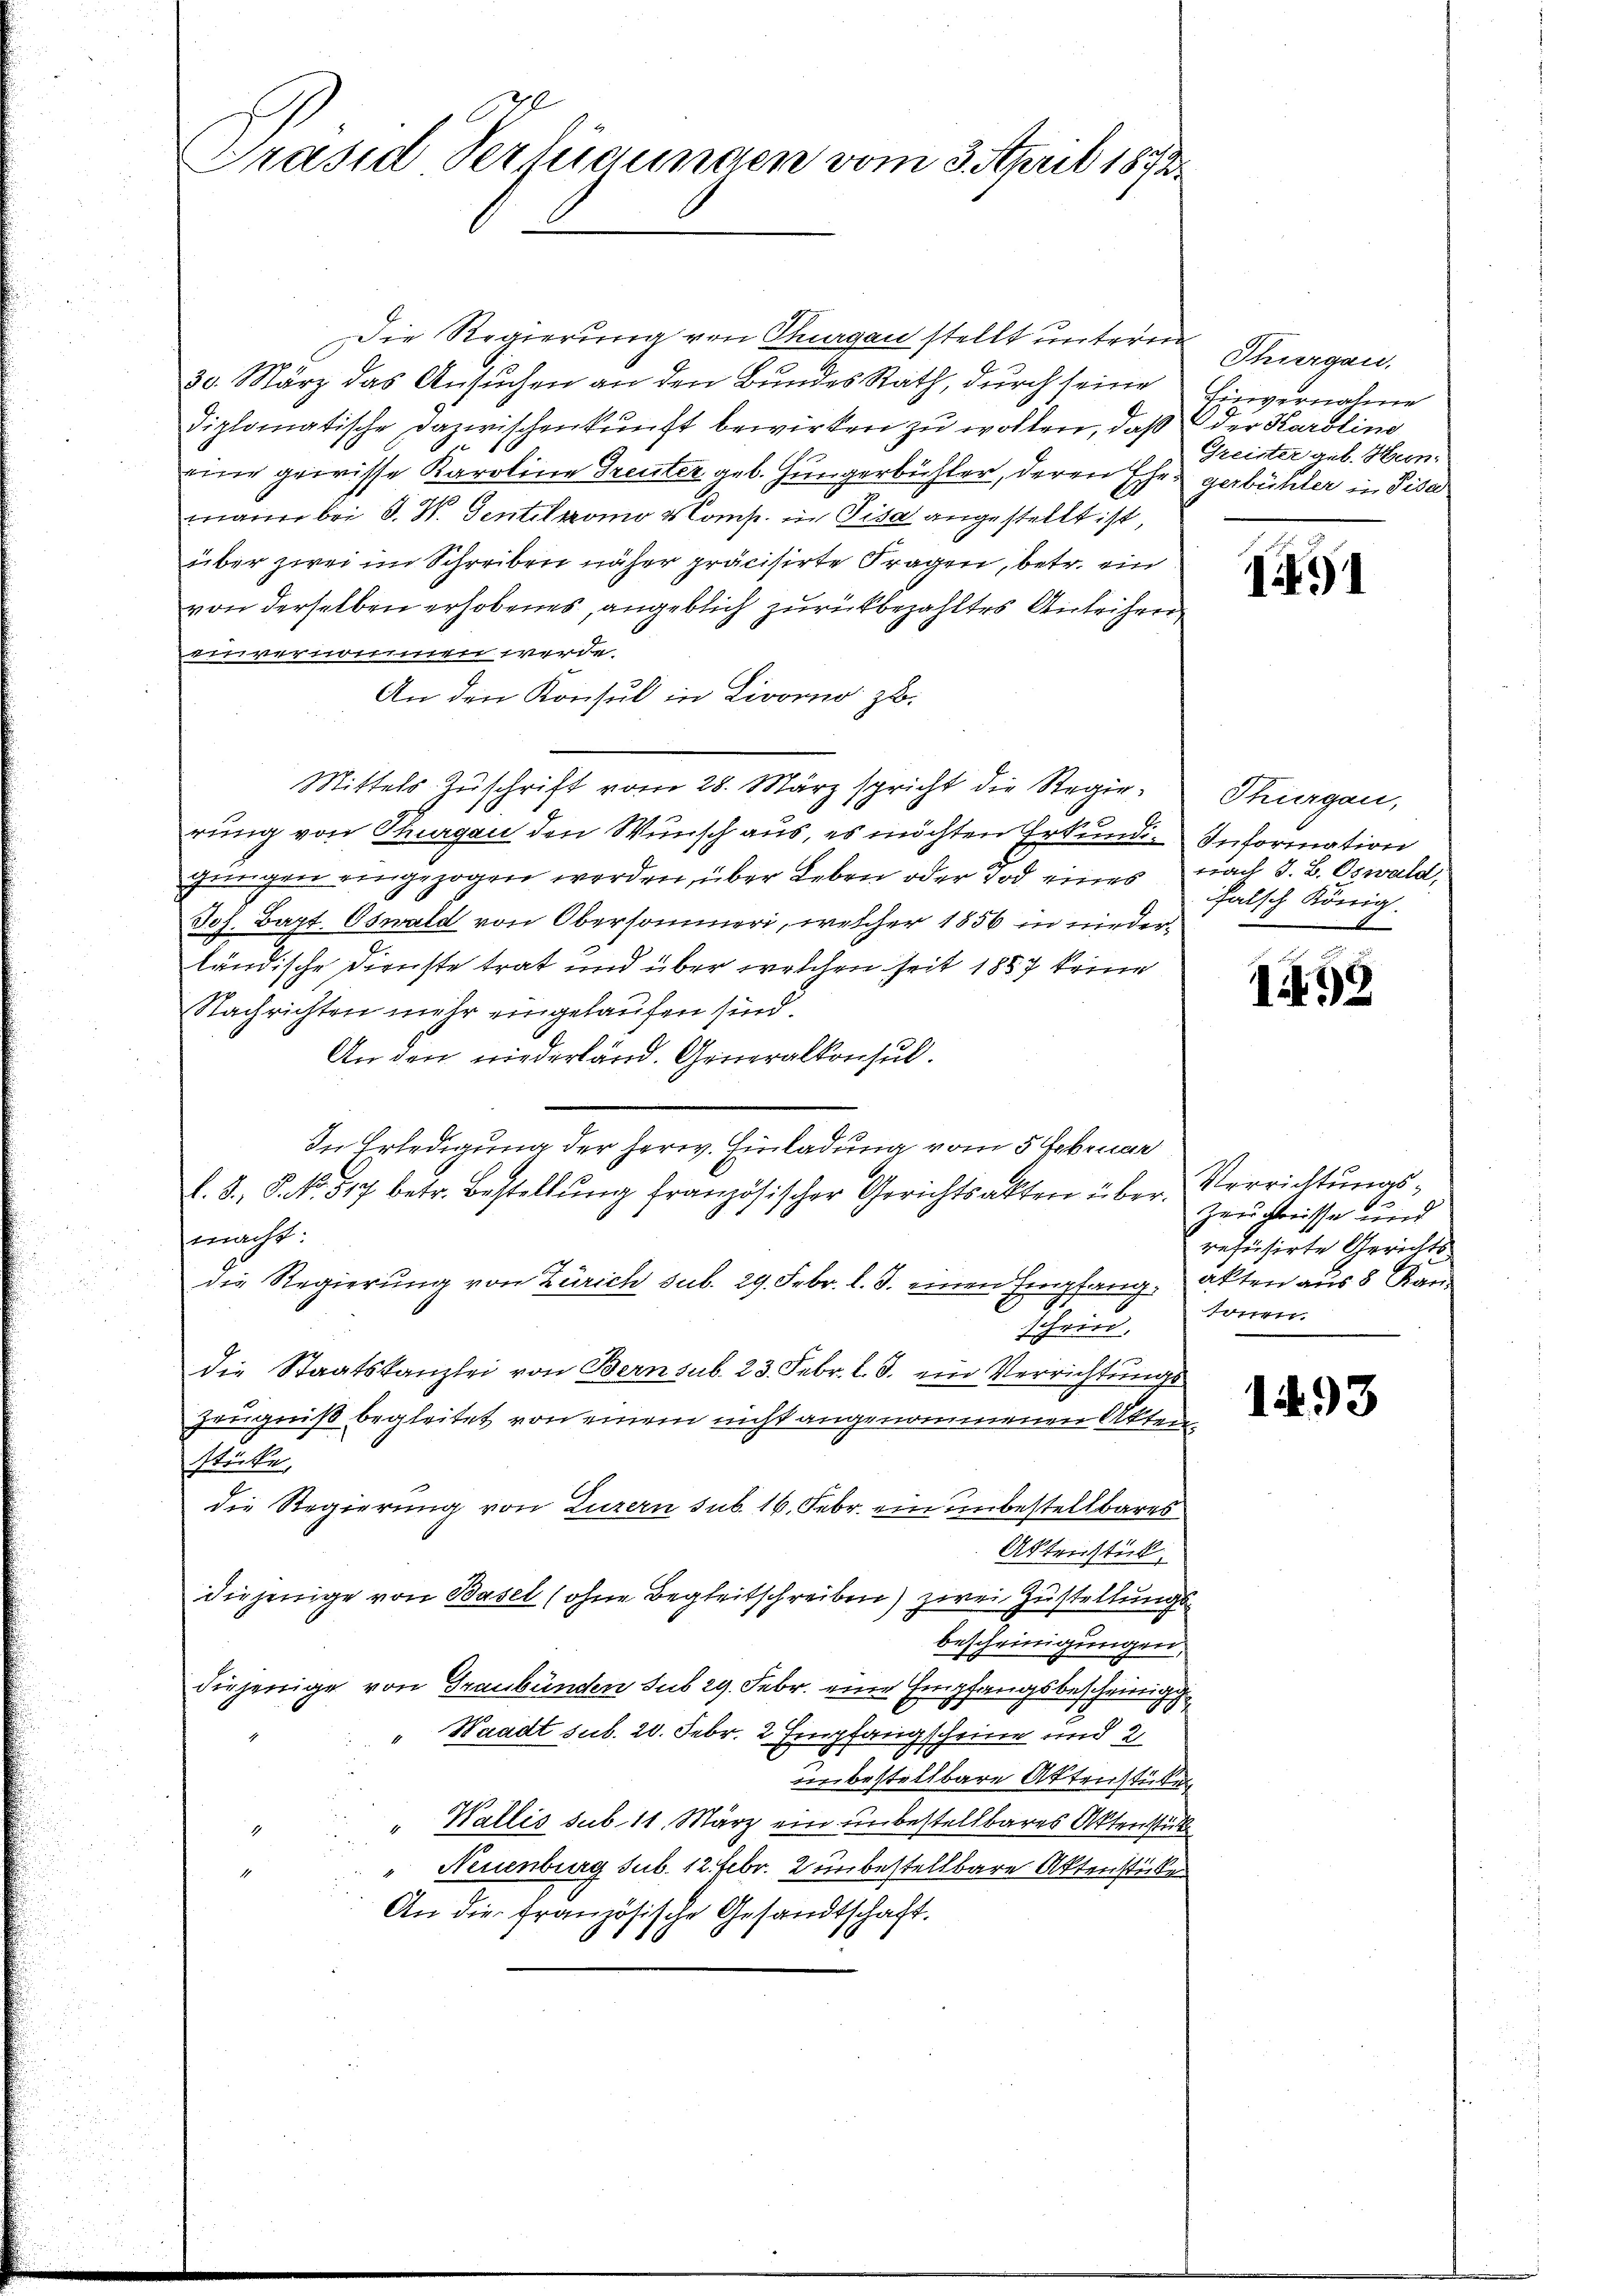
Präsid Verfügungen vom 3. April 1873

Die Regierung von Thurgau stellt unteren
30. März das Ansuchen an den Bundes Rath, durch seine Einvernahme
diplomatische Dazwischenkunft bewirken zu wollen, daß der Karolina
.
eine gewisse Karoline Greuter geb. Hungerbühler, deren Ehe gerbüchler in Pisa
mann bei J. H. Gentelkomo Komp. in Pisa angestellt ist,
über zwei im Schreiben näher präcisirte Fragen, betr. ein
von derselben erhobenes, angeblich zurückbezahltes Anleihen
einvernommen werde.
An den Konsul in Livorno zu.
Mittels Zŭschrift vom 28. März spricht die Regie- Thurgau,
rung von Thurgau den Wunsch aus, es möchten Erkundin Information
gungen eingezogen werden, über Leben oder Tod eines nach 3. B. Oswald,
Joh. Bapt. Oswald von Obersammer, welcher 1856 in niederländische Dienste trat und über welchen seit 1889 keine
Nachrichten mehr eingelaufen sind.
An den niederländ. Generalkonsul.
In Erledigung der herw. Einladung vom 5 Februar
d. d. 8. No. 517 betr. Bestellŭng französischer Gerichtsakten über.
macht:
die Regierung von Zürich sub. 29. Febr. l. J. einen Empfang
schied.
die Staatskanzlei von Bern sub. 23. Febr. l. J. ein Verrichtungs
Zeugniß begleitet von einem nicht angenommenen Akten
Stücke
die Regierung von Luzern sub. 16. Febr. ein unbestellbares
Aktenstück
diejenige von Basel (ohne Begleitschreiben zwei Zustellungsbescheinigungen,
diejenige von Graubünden sub 29. Febr. eine Empfangsbescheinigung
Waadt sub. 20. Febr. 2. Empfangscheine und
unbestellbare Aktenstüken
" Wallis sub. 11. März ein unbestellbares Aktenstück
1
Neuenburg sub. 12. Febr. 2 unbestellbare Aktenstücke
.
An die französische Gesandtschaft.

Thurgau,
Greister geb. Hin-

191

falsch König.
1

198

Verrichtungs-
Zeuchtnisse und
refüsirte Gerichts
akten aus 8 Mande
.

1493